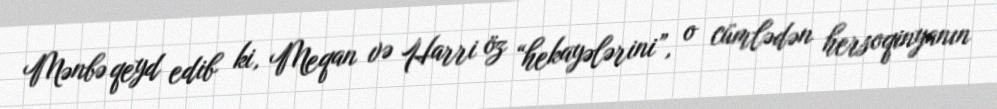
Mənbə qeyd edib ki, Meqan və Harri öz “hekayələrini”, o cümlədən hersoqinyanın